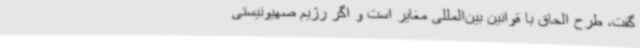
گفت، طرح الحاق با قوانین بین‌المللی مغایر است و اگر رژیم صهیونیستی